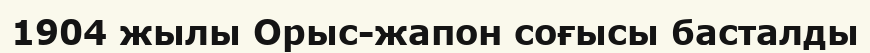
1904 жылы Орыс-жапон соғысы басталды